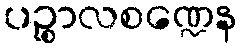
ပဉ္စာလစဏ္ဍေန